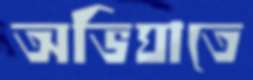
অভিঘাতে